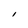
Character: I